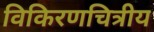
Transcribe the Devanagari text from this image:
विकिरणचित्रीय